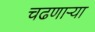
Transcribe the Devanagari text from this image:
चढणार्‍या